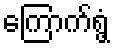
ကြောက်ရွံ့